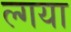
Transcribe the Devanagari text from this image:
ल्गया